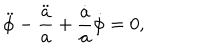
LaTeX: \ddot { \phi } - \frac { \ddot { a } } { a } + \frac { \dot { a } } { a } \dot { \phi } = 0 ,